Elephants and their diseases
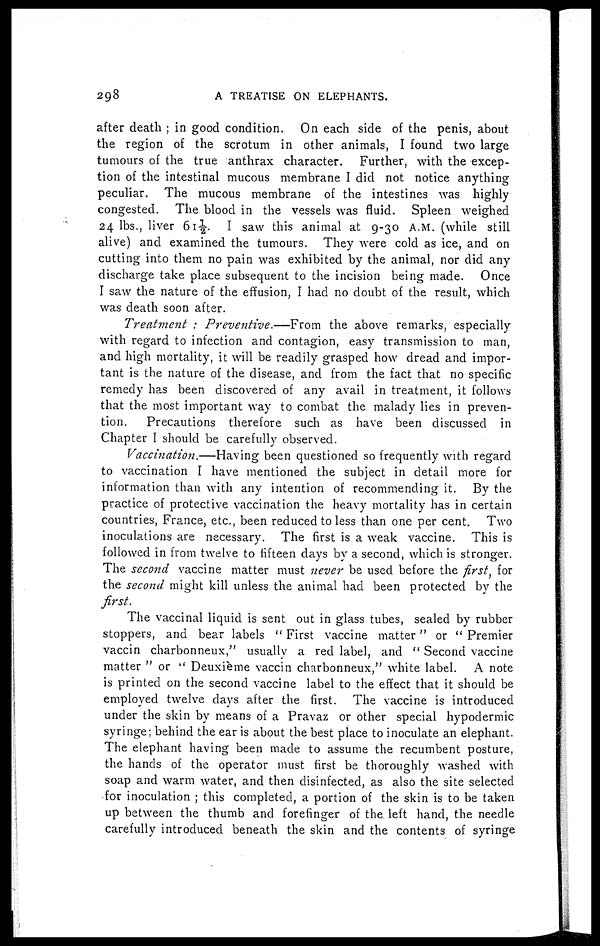
298
A TREATISE ON ELEPHANTS.
after death ; in good condition. On each side of the penis, about
the region of the scrotum in other animals, I found two large
tumours of the true anthrax character. Further, with the excep-
tion of the intestinal mucous membrane I did not notice anything
peculiar. The mucous membrane of the intestines was highly
congested. The blood in the vessels was fluid. Spleen weighed
24 lbs., liver 61½. I saw this animal at 9-30 A.M. (while still
alive) and examined the tumours. They were cold as ice, and on
cutting into them no pain was exhibited by the animal, nor did any
discharge take place subsequent to the incision being made. Once
I saw the nature of the effusion, I had no doubt of the result, which
was death soon after.
Treatment : Preventive.—From
the above remarks, especially
with regard to infection and contagion, easy transmission to man,
and high mortality, it will be readily grasped how dread and impor-
tant is the nature of the disease, and from the fact that no specific
remedy has been discovered of any avail in treatment, it follows
that the most important way to combat the malady lies in preven-
tion.
Precautions therefore such as have been discussed in
Chapter I should be carefully observed.
Vaccination.—Having been questioned so frequently with regard
to vaccination I have mentioned the subject in detail more for
information than with any intention of recommending it. By the
practice of protective vaccination the heavy mortality has in certain
countries, France, etc., been reduced to less than one per cent. Two
inoculations are necessary. The first is a weak vaccine. This is
followed in from twelve to fifteen days by a second, which is stronger.
The second vaccine matter must never be used before the first, for
the second might kill unless the animal had been protected by the
first.
The vaccinal liquid is sent out in glass tubes, sealed by rubber
stoppers, and bear labels "First vaccine matter" or "Premier
vaccin charbonneux," usually a red label, and " Second vaccine
matter "or " Deuxième vaccin charbonneux," white label. A note
is printed on the second vaccine label to the effect that it should be
employed twelve days after the first. The vaccine is introduced
under the skin by means of a Pravaz or other special hypodermic
syringe; behind the ear is about the best place to inoculate an elephant.
The elephant having been made to assume the recumbent posture,
the hands of the operator must first be thoroughly washed with
soap and warm water, and then disinfected, as also the site selected
for inoculation ; this completed, a portion of the skin is to be taken
up between the thumb and forefinger of the. left hand, the needle
carefully introduced beneath the skin and the contents of syringe